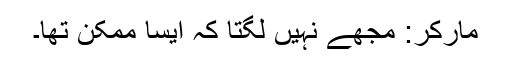
مارکر: مجھے نہیں لگتا کہ ایسا ممکن تھا۔